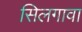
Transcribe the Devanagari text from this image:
सिलगावा